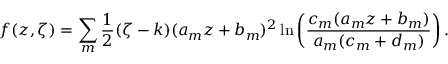
f ( z , \zeta ) = \sum _ { m } \frac { 1 } { 2 } ( \zeta - k ) ( a _ { m } z + b _ { m } ) ^ { 2 } \ln \left( \frac { c _ { m } ( a _ { m } z + b _ { m } ) } { a _ { m } ( c _ { m } + d _ { m } ) } \right) .